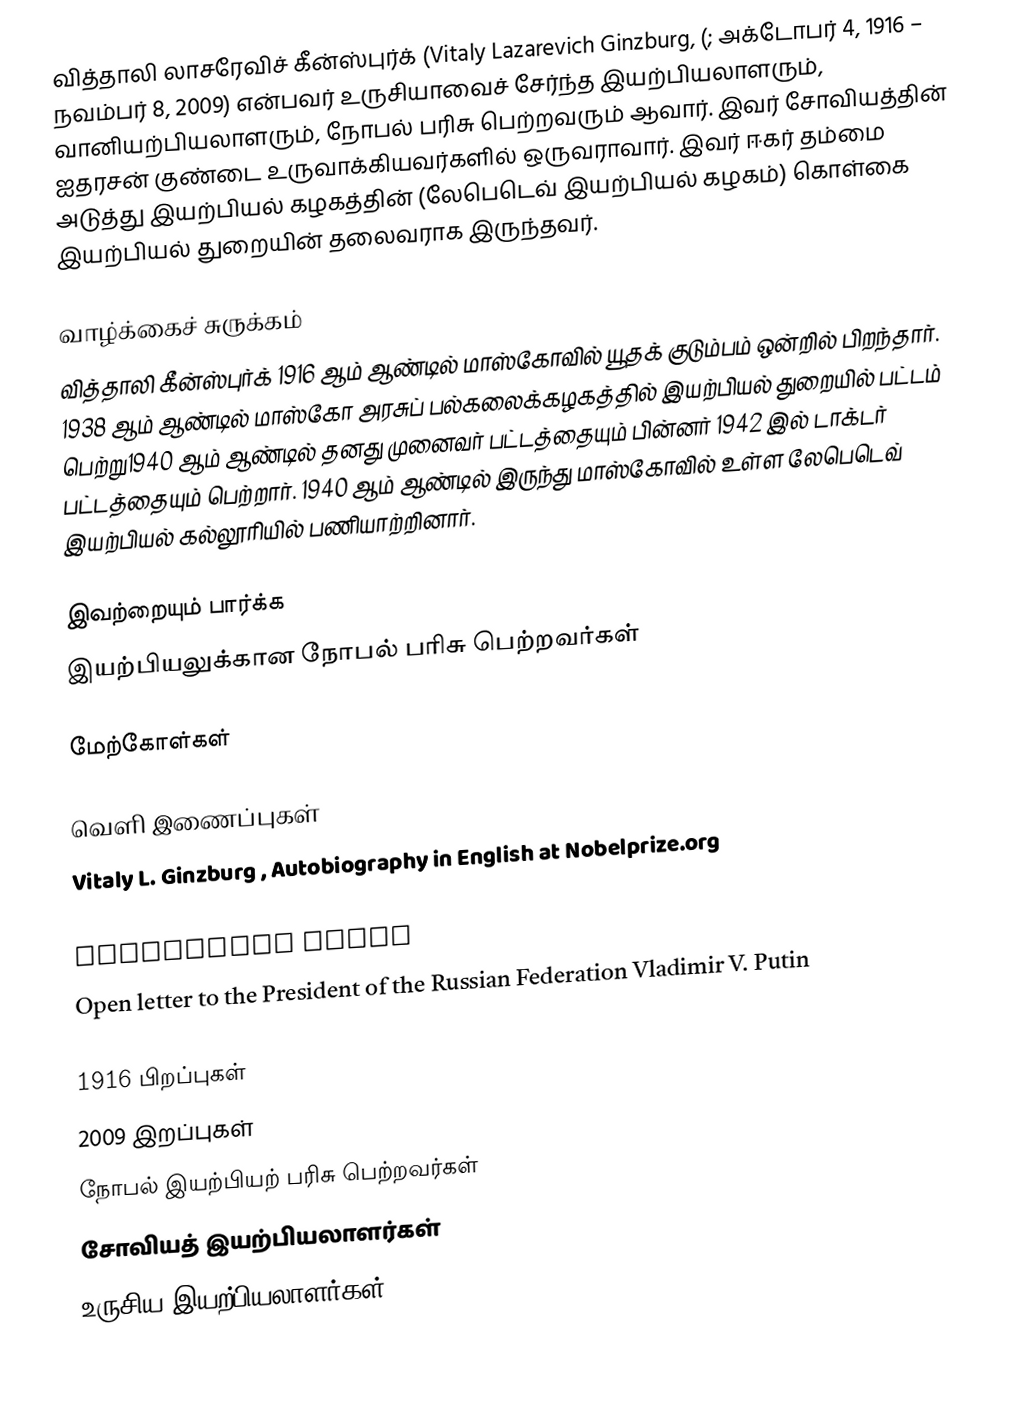
வித்தாலி லாசரேவிச் கீன்ஸ்புர்க் (Vitaly Lazarevich Ginzburg, (; அக்டோபர் 4, 1916 – நவம்பர் 8, 2009) என்பவர் உருசியாவைச் சேர்ந்த இயற்பியலாளரும்,  வானியற்பியலாளரும், நோபல் பரிசு பெற்றவரும் ஆவார். இவர் சோவியத்தின் ஐதரசன் குண்டை உருவாக்கியவர்களில் ஒருவராவார். இவர் ஈகர் தம்மை அடுத்து இயற்பியல் கழகத்தின் (லேபெடெவ் இயற்பியல் கழகம்) கொள்கை இயற்பியல் துறையின் தலைவராக இருந்தவர்.

வாழ்க்கைச் சுருக்கம்
வித்தாலி கீன்ஸ்புர்க் 1916 ஆம் ஆண்டில் மாஸ்கோவில் யூதக் குடும்பம் ஒன்றில் பிறந்தார். 1938 ஆம் ஆண்டில் மாஸ்கோ அரசுப் பல்கலைக்கழகத்தில் இயற்பியல் துறையில் பட்டம் பெற்று1940 ஆம் ஆண்டில் தனது முனைவர் பட்டத்தையும் பின்னர் 1942 இல் டாக்டர் பட்டத்தையும் பெற்றார். 1940 ஆம் ஆண்டில் இருந்து மாஸ்கோவில் உள்ள லேபெடெவ் இயற்பியல் கல்லூரியில் பணியாற்றினார்.

இவற்றையும் பார்க்க
 இயற்பியலுக்கான நோபல் பரிசு பெற்றவர்கள்

மேற்கோள்கள்

வெளி இணைப்புகள்
 Vitaly L. Ginzburg , Autobiography in English at Nobelprize.org
 Ginzburg's homepage
 Curriculum Vitae
 Open letter to the President of the Russian Federation Vladimir V. Putin

1916 பிறப்புகள்
2009 இறப்புகள்
நோபல் இயற்பியற் பரிசு பெற்றவர்கள்
சோவியத் இயற்பியலாளர்கள்
உருசிய இயற்பியலாளர்கள்